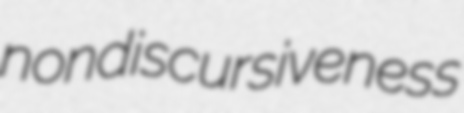
nondiscursiveness